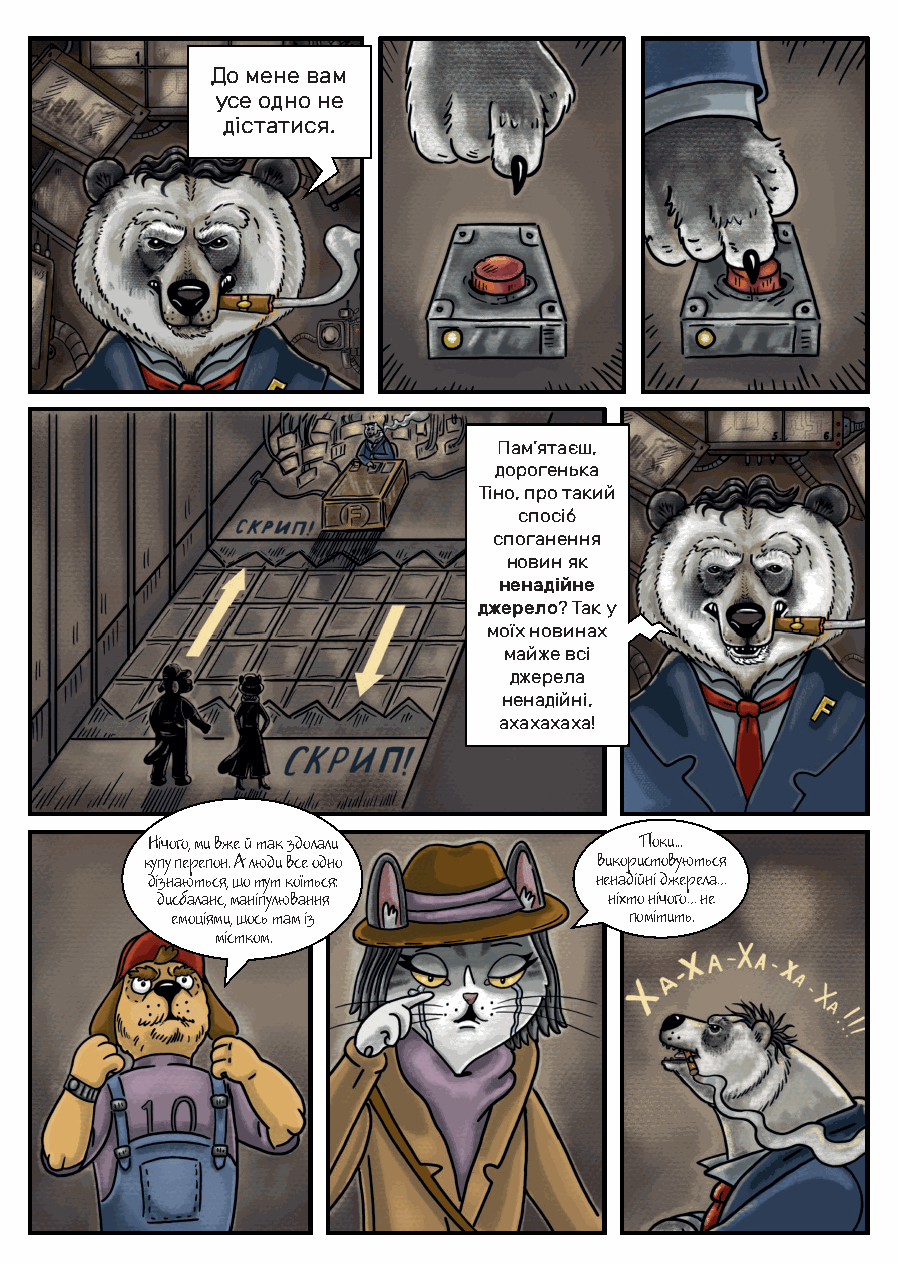
До мене вам
 усе одно не
 дістатися.
 Пам’ятаєш,
 дорогенька
 Тіно, про такий
 спосіб
 споганення
 новин як
 ненадійне
 джерело? Так у
 моїх новинах
 майже всі
 джерела
 ненадійні,
 ахахахаха!
 Нічого, ми вже й так здолали    Поки...
 купу перепон. А люди все одно використовуються
 дізнаються, що тут коїться:  ненадійні джерела…
 дисбаланс, маніпулювання      ніхто нічого… не
 емоціями, щось там із          помітить.
 містком.